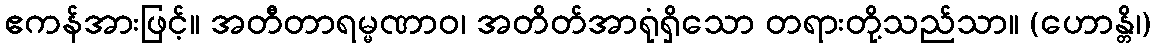
ဧကန်အားဖြင့်။ အတီတာရမ္မဏာဝ၊ အတိတ်အာရုံရှိသော တရားတို့သည်သာ။ (ဟောန္တိ၊)